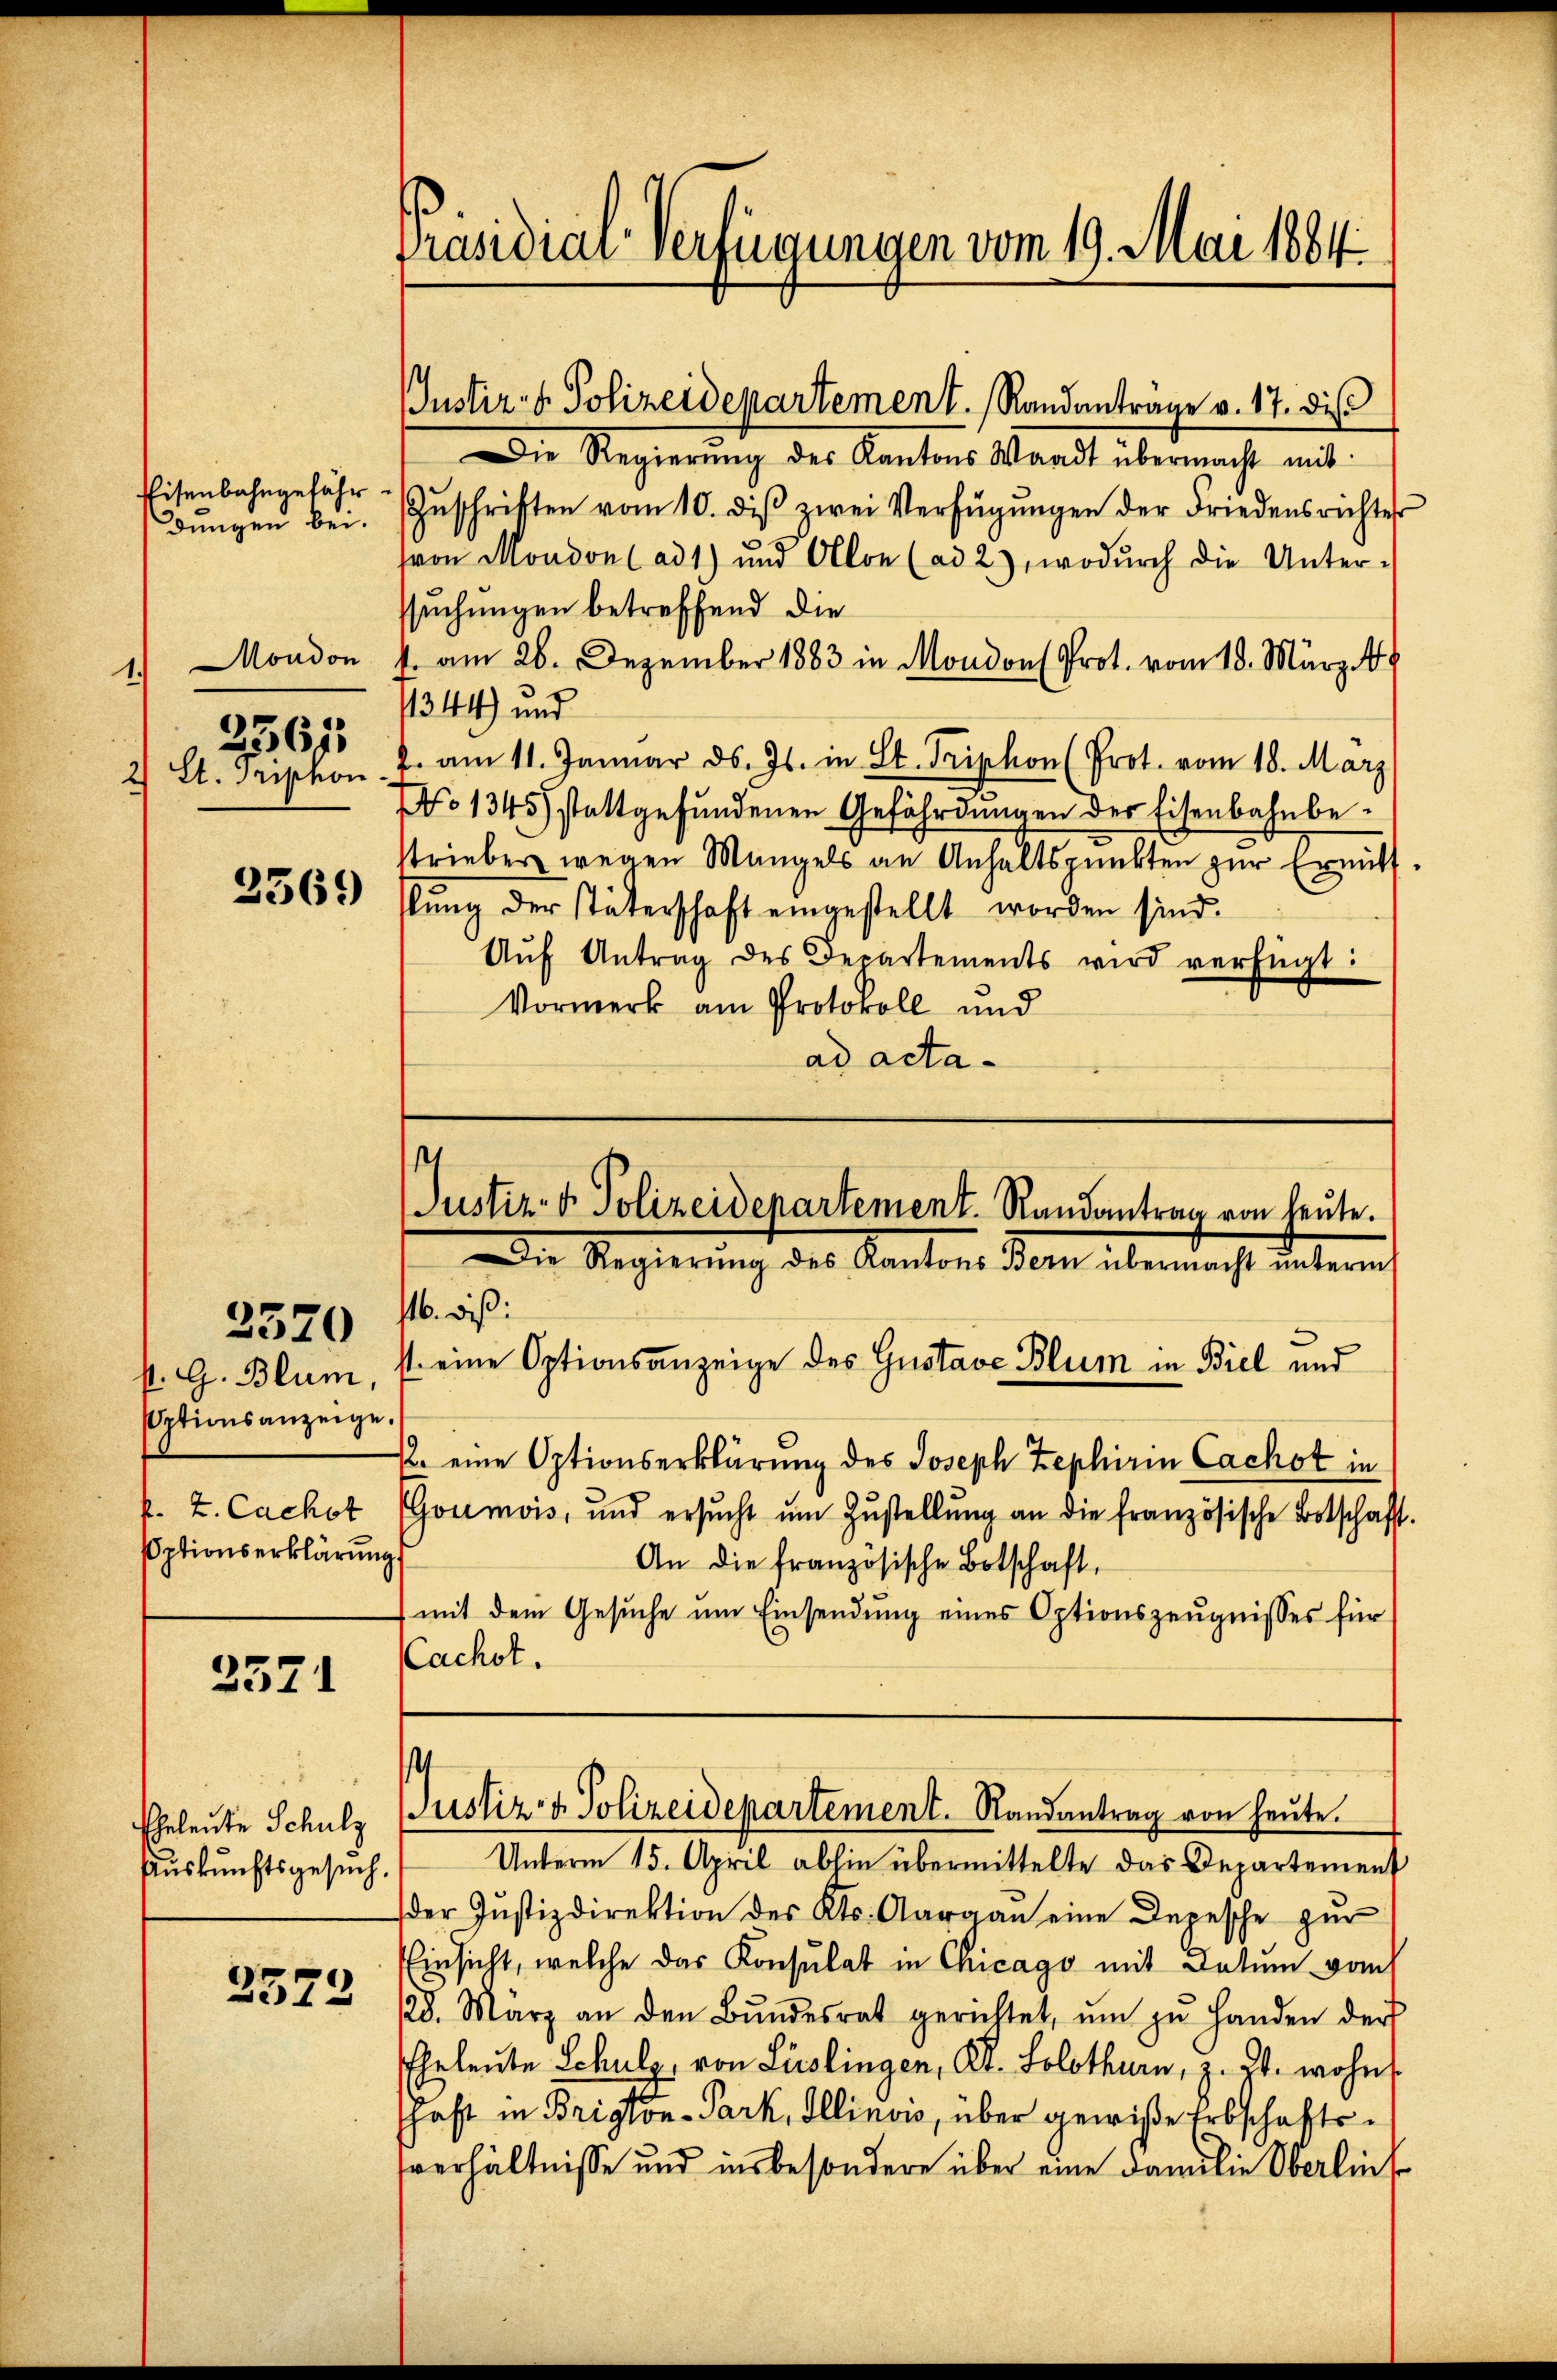
Präsidiar verfügungen vom 19. Mai 1884

Justiz- & Polizeidepartement. Randantrage v. 17. dis

Die Regierŭng des Kantons Waadt übermacht mit
Zŭschriften vom 10. diβ zwei Verfügŭngen der Friedensrichter
von Moudon (ad 1) und Alle (ad 2), wodŭrch die Unter-
ssuchungen betreffend die
1. am 26. Dezember 1883 in Moudons Prot. vom 18. März 18
1344) und
4. am 11. Januar d. Js. in St. Triphon (Prot. vom 18. März
No 1345) stattgefŭndenen Gefährdungen der Eisenbahnbestrieber wegen Mangels an Anhaltspunkten zur Ermittlŭng der Täterschaft eingestellt worden sind.
Aŭf Antrag des Departements wird verfügt:
Vormerk am Protokoll und
ad acta¬

Eisenbahngefähr.
dungen bei.

Moudon
¬
2) St. Triphon

2567

2369

.
Justiz- & Polizeidenartement. Randantrag von heute.
Die Regierŭng des Kantons Bern übermacht unterm
116. dieß:

st eine Optionsanzeige des Gustave Blum in Biel und
12. eine Optionserklärung des Joseph Zephirin Cachst in
Goumois, und ersŭcht um Zustellung an die französische Botschaft
.
An die französische Botschaft,
mit dem Gesŭche ŭm Einsendung eines Optionszeugnisses für
Cachst.

3320

st. G. Blum,
Uptionsanzeige
k. Z. Cachet
ptionserklärung

23571

.

Justiz- & Polizeidepartement. Randantrag von heŭte.

Unterm 15. April abhin übermittelte das Departement
der Justizdirektion des Kts. Aargau eine Depesche zŭr
Einsicht, welche das Konsulat in Chicago mit Datum vom
28. März an den Bŭndesrat gerichtet, um zu Handen der
Ehrleute Schulz, von Lislingen, Kt. Solothurn, z. B. wohn
schaft in Briglon-Park, Illinow, über gewiße Erbschaftssverhältnisse und insbesondere über eine Familie Oberlin

Eheleute Schulz
Auskunftsgesuch.

2573